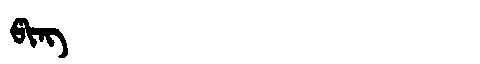
Manchu: ᡦᡳᠩ
Romanization: PING